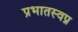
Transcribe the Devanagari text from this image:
प्रभातस्वप्न